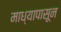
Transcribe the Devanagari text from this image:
माध्यापासून